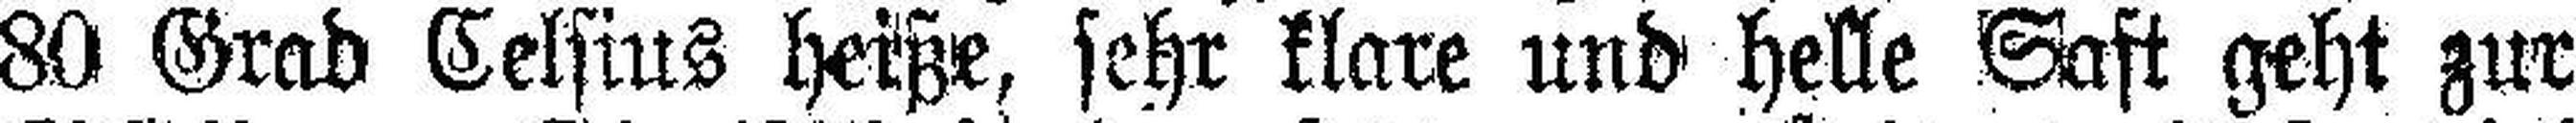
80 Grad Celsius heiße, sehr klare und helle Saft geht zur